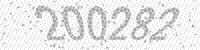
Solution: 200282